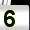
Digit: 5